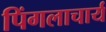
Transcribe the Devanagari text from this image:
पिंगलाचार्य